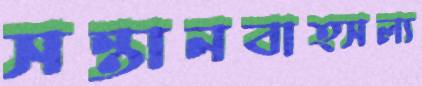
সন্তানবাত্সল্য